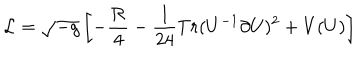
{ \cal L } = \sqrt { - g } \left[ - { \frac { \cal R } { 4 } } - { \frac { 1 } { 2 4 } } T r ( U ^ { - 1 } \partial U ) ^ { 2 } + V ( U ) \right]